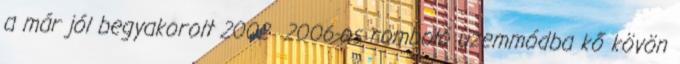
a már jól begyakorolt 2002 2006-os romboló üzemmódba kő kövön